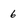
Character: 6